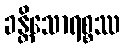
ခန္တိသောရစ္စဿ